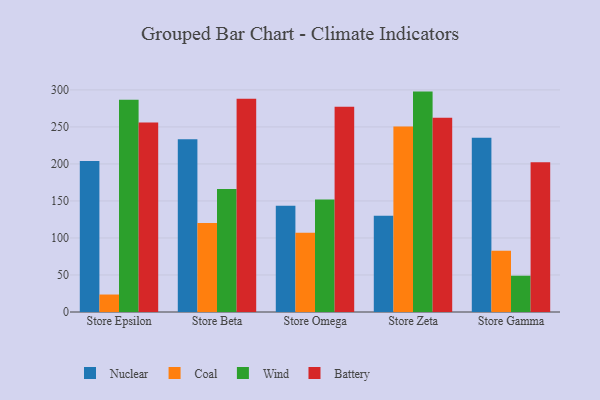
{"axis": {"x": "Store", "y": "Bounce Rate (%)"}, "legend": ["Battery", "Coal", "Nuclear", "Wind"], "data": [{"x": "Store Epsilon", "y": 204.1, "type": "Nuclear"}, {"x": "Store Epsilon", "y": 23.6, "type": "Coal"}, {"x": "Store Epsilon", "y": 286.8, "type": "Wind"}, {"x": "Store Epsilon", "y": 256.1, "type": "Battery"}, {"x": "Store Beta", "y": 233.5, "type": "Nuclear"}, {"x": "Store Beta", "y": 120.2, "type": "Coal"}, {"x": "Store Beta", "y": 166.1, "type": "Wind"}, {"x": "Store Beta", "y": 288.1, "type": "Battery"}, {"x": "Store Omega", "y": 143.5, "type": "Nuclear"}, {"x": "Store Omega", "y": 107.2, "type": "Coal"}, {"x": "Store Omega", "y": 151.8, "type": "Wind"}, {"x": "Store Omega", "y": 277.4, "type": "Battery"}, {"x": "Store Zeta", "y": 130.1, "type": "Nuclear"}, {"x": "Store Zeta", "y": 250.7, "type": "Coal"}, {"x": "Store Zeta", "y": 297.7, "type": "Wind"}, {"x": "Store Zeta", "y": 262.3, "type": "Battery"}, {"x": "Store Gamma", "y": 235.4, "type": "Nuclear"}, {"x": "Store Gamma", "y": 82.6, "type": "Coal"}, {"x": "Store Gamma", "y": 49.0, "type": "Wind"}, {"x": "Store Gamma", "y": 202.3, "type": "Battery"}]}